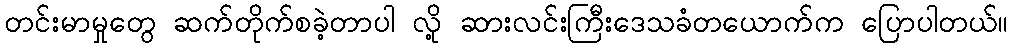
တင်းမာမှုတွေ ဆက်တိုက်စခဲ့တာပါ လို့ ဆားလင်းကြီးဒေသခံတယောက်က ပြောပါတယ်။